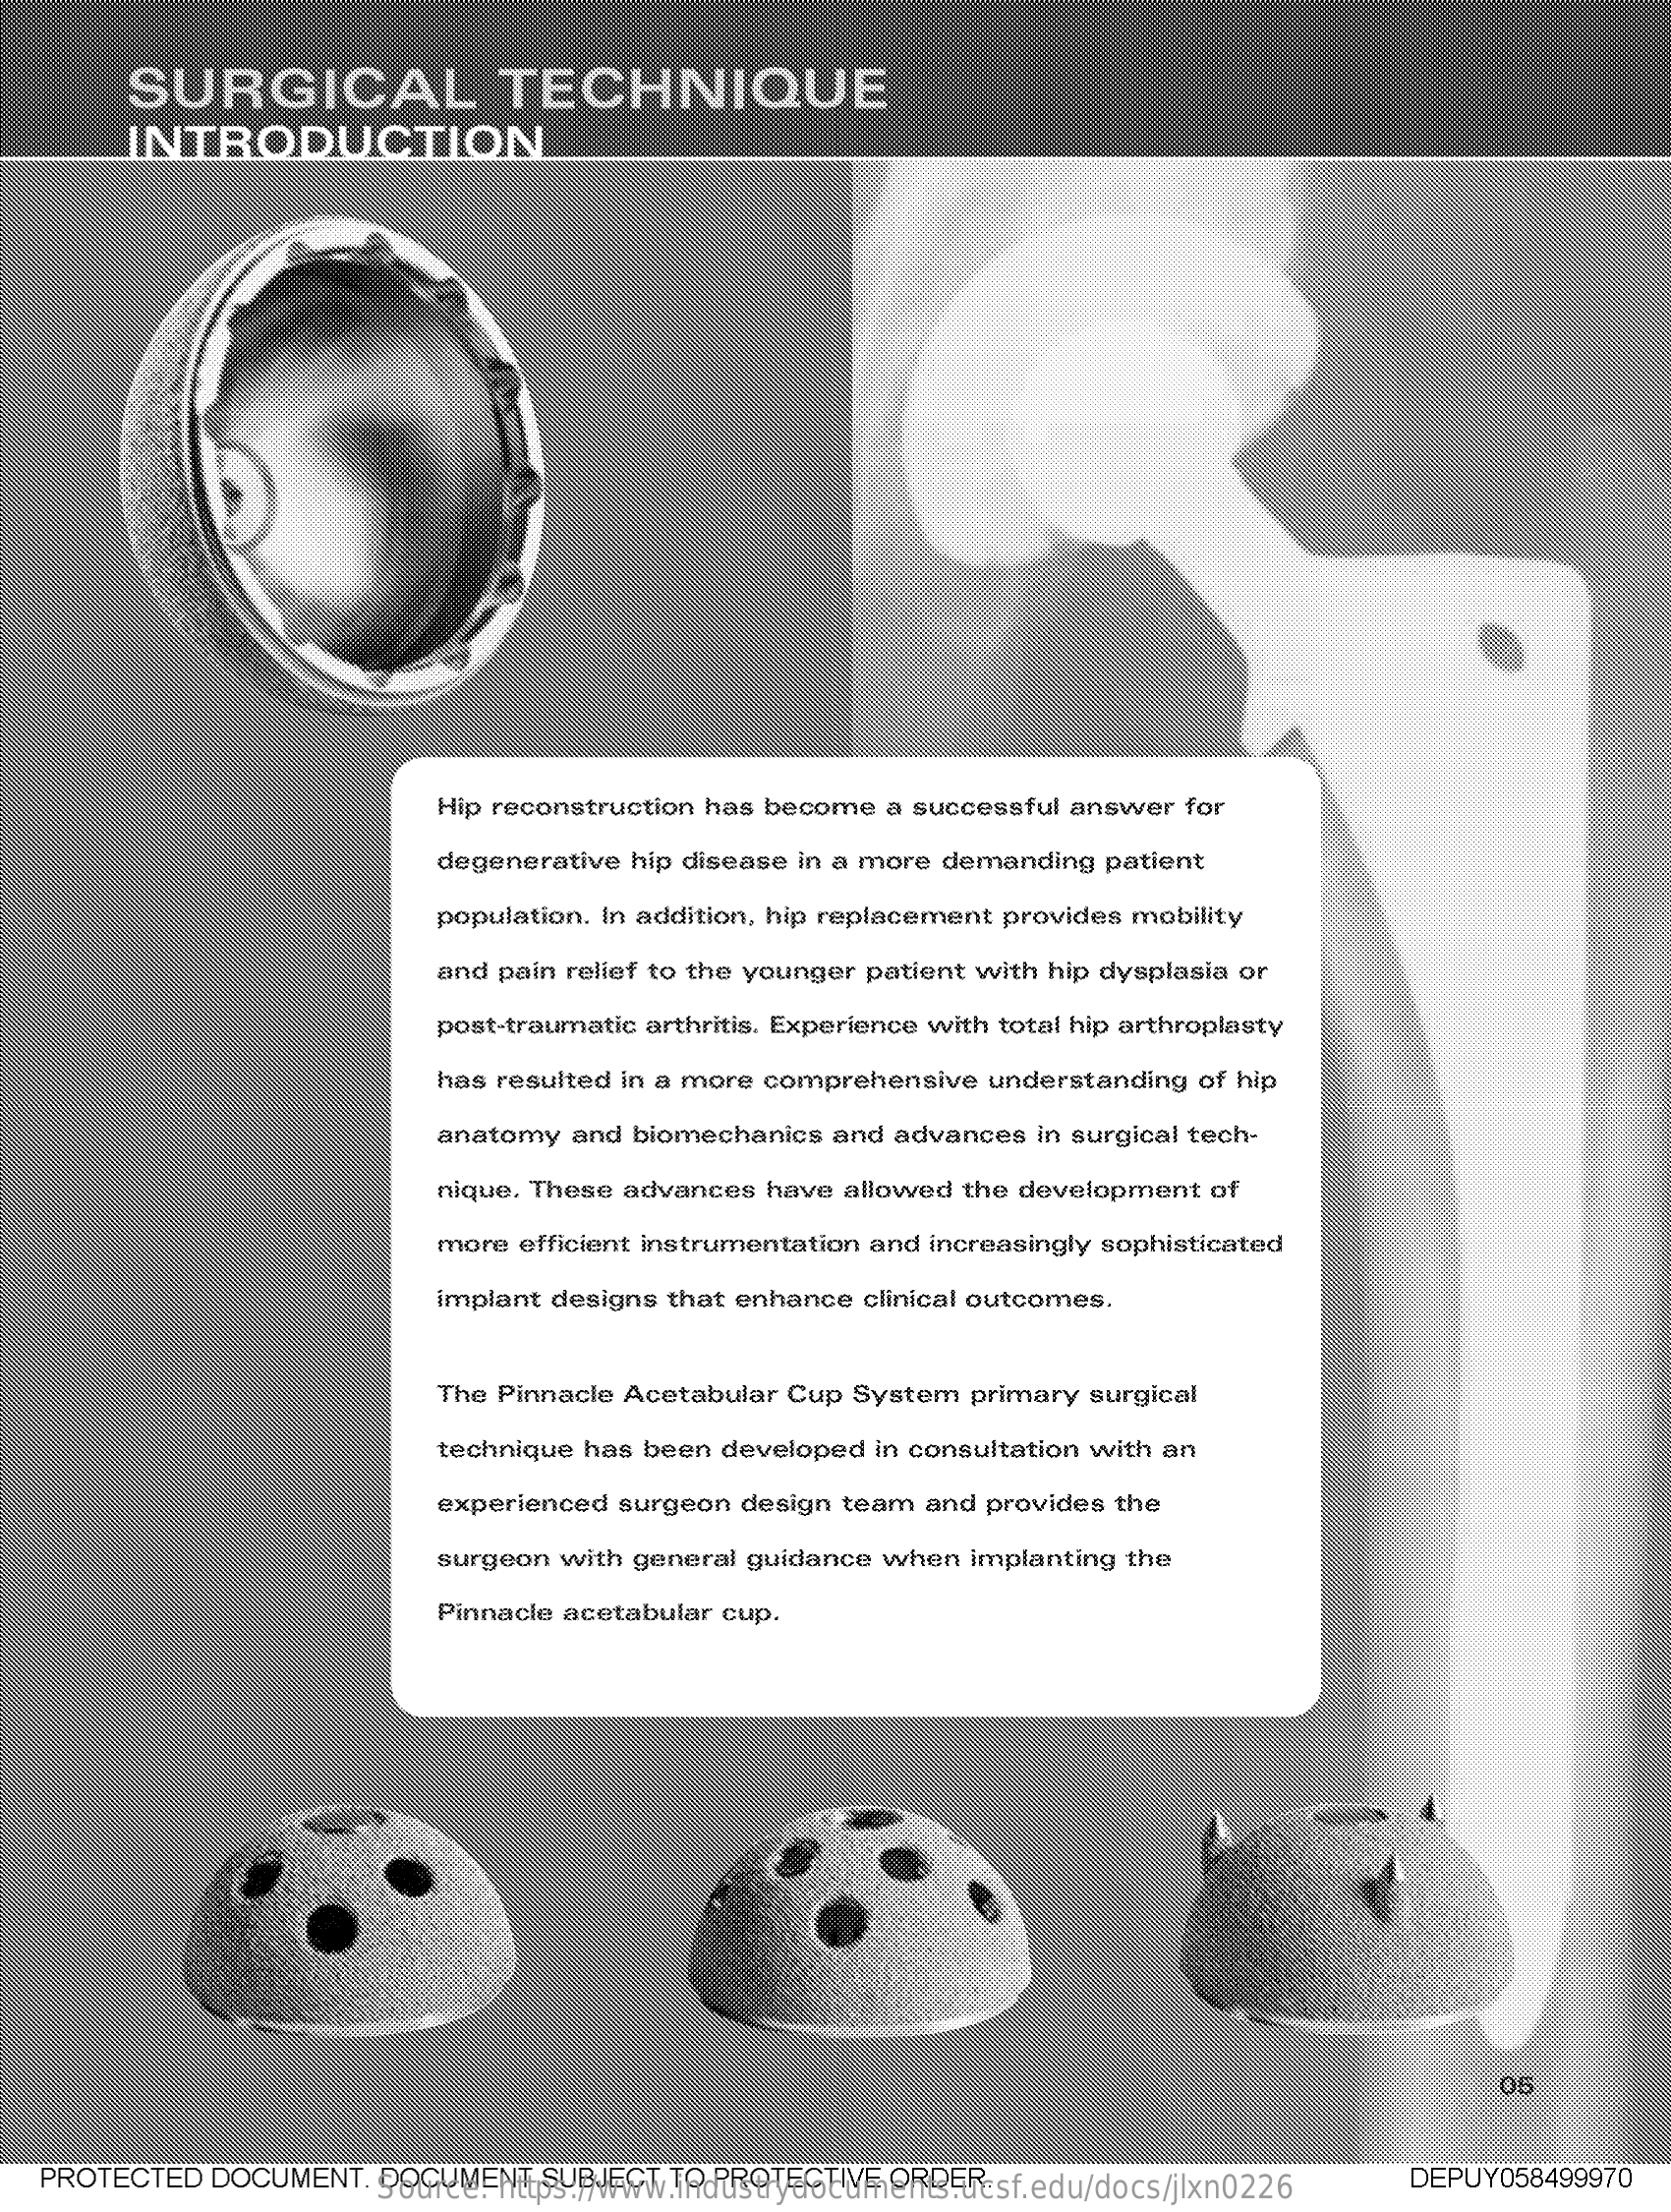
SURGICAL    TECHNIQUE
     INTRODUCTION
     Hip reconstruction  has  become    a successful  answer   for
     degenerative   hip disease  in a more  demanding   patient
     population.  In addition, hip replacement   provides  mobility
     and pain  relief to the younger  patient  with hip dysplasia  or
     post-traumatic  arthritis. Experience with total hip arthroplasty
     has resulted  in a more  comprehensive    understanding   of hip
     anatomy   and  biomechanics    and advances   in surgical tech-
     nique. These  advances   have  allowed   the development    of
     more  efficient instrumentation  and  increasingly sophisticated
     implant  designs  that enhance   clinical outcomes.
     The Pinnacle Acetabular   Cup  System   primary  surgical
     technique  has  been  developed   in consultation  with an
     experienced   surgeon  design  team   and provides   the
     surgeon  with  general  guidance  when   implanting  the
     Pinnacle  acetabular  cup.
     05
   PROTECTED    DOCUMENT,    DOCUMENT    SUBJECT   TO PROTECTIVE    ORDER. Source: https://www.industrydocuments.ucsf.edu/docs/jlxn0226 DEPUY058499970